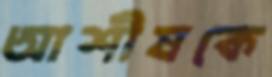
আশীষকে